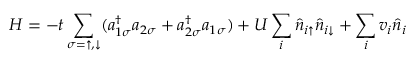
H = - t \sum _ { \sigma = \uparrow , \downarrow } ( a _ { 1 \sigma } ^ { \dagger } a _ { 2 \sigma } + a _ { 2 \sigma } ^ { \dagger } a _ { 1 \sigma } ) + U \sum _ { i } \hat { n } _ { i \uparrow } \hat { n } _ { i \downarrow } + \sum _ { i } v _ { i } \hat { n } _ { i }